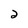
Character: 2